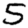
Digit: 5